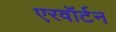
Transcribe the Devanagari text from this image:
एरवॉर्टन